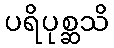
ပရိပုစ္ဆသိ